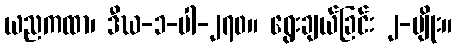
ယညကထာ၊ ဒီဃ-၁-ပါ-၂၇၀။ ရွေးချယ်ခြင်း ၂-မျိုး။